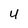
Character: y